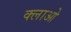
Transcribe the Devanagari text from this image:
क्लाओ